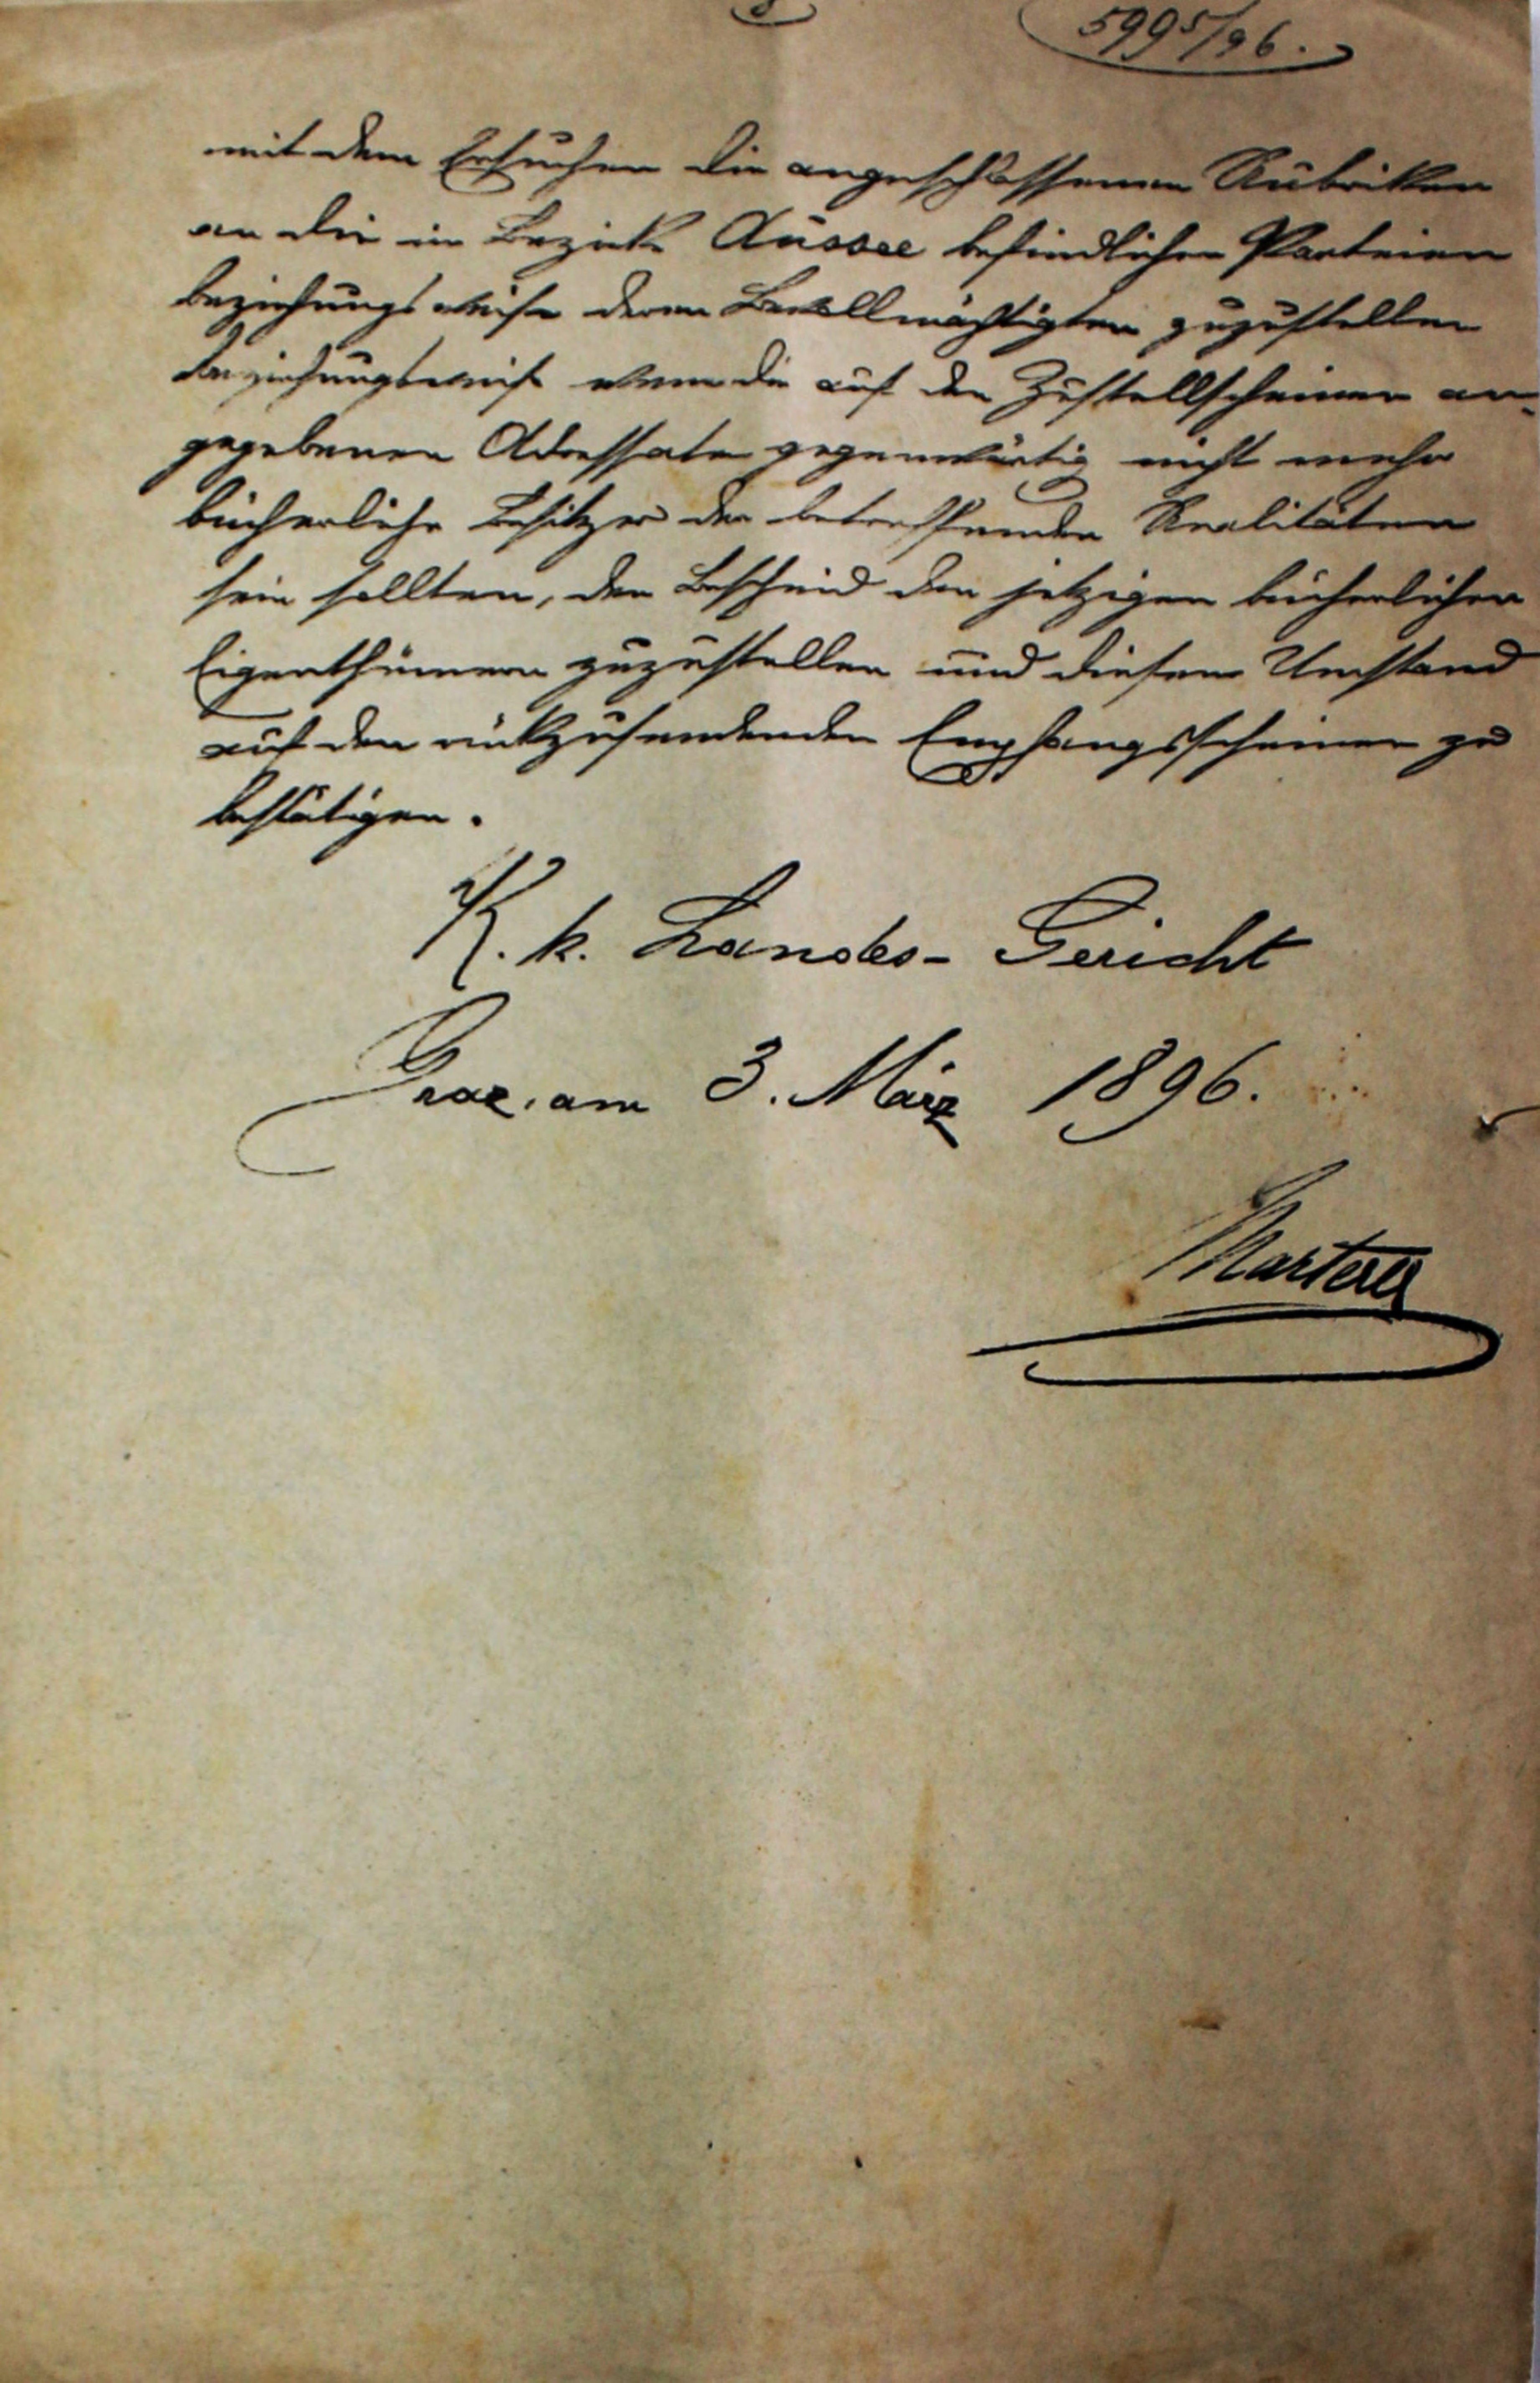
8   599 5/96.
mit dem Ersuchen die angeschlossenen Rubriken
an die im Bezirk Aussee befindlichen Parteien
beziehungsweise deren Bevollmächtigten zuzustellen
beziehungsweise wenn die auf den Zustellscheinen an¬
gegebenen Adressaten gegenwärtig nicht mehr
bücherliche Besitzer der betreffenden Realitäten
sein sollten, den Bescheid den jetzigen bücherlichen
Eigenthümern zuzustellen und diesen Umstand
auf den rückzusendenden Empfangsschein zu
bestätigen.
K.k. Landes- Gericht
Graz, am 3. März 1896